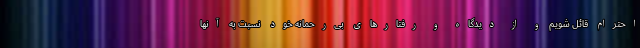
احترام قائل شویم و از دیدگاه و رفتارهای بی‌رحمانه خود نسبت به آنها